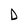
Character: D